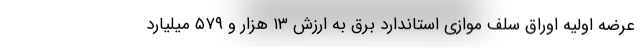
عرضه اولیه اوراق سلف موازی استاندارد برق به ارزش ۱۳ هزار و ۵۷۹ میلیارد